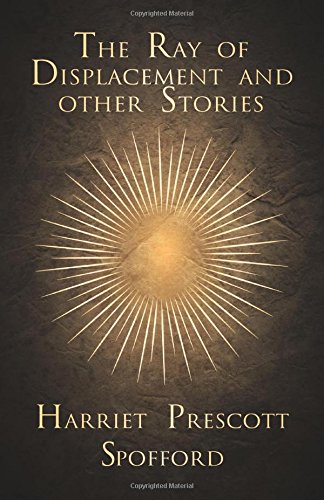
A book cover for The Ray of Displacement and other Stories; Harriet Prescott Spofford; Mystery, Thriller & Suspense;